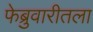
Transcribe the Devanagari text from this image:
फेब्रुवारीतला